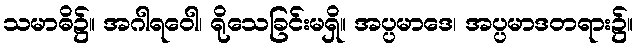
သမာဓိ၌။ အဂါရဝေါ၊ ရိုသေခြင်းမရှိ။ အပ္ပမာဒေ၊ အပ္ပမာဒတရား၌။